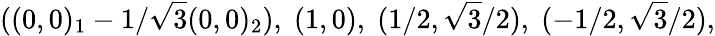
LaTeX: ((0,0)_{1}-1/\sqrt{3}(0,0)_{2}),\; (1,0),\; (1/2,\sqrt{3}/2),\; (-1/2,\sqrt{3}/2),